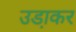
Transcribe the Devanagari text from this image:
उडा़कर